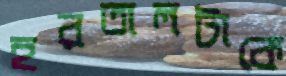
হরতালটাকে